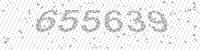
Solution: 655639